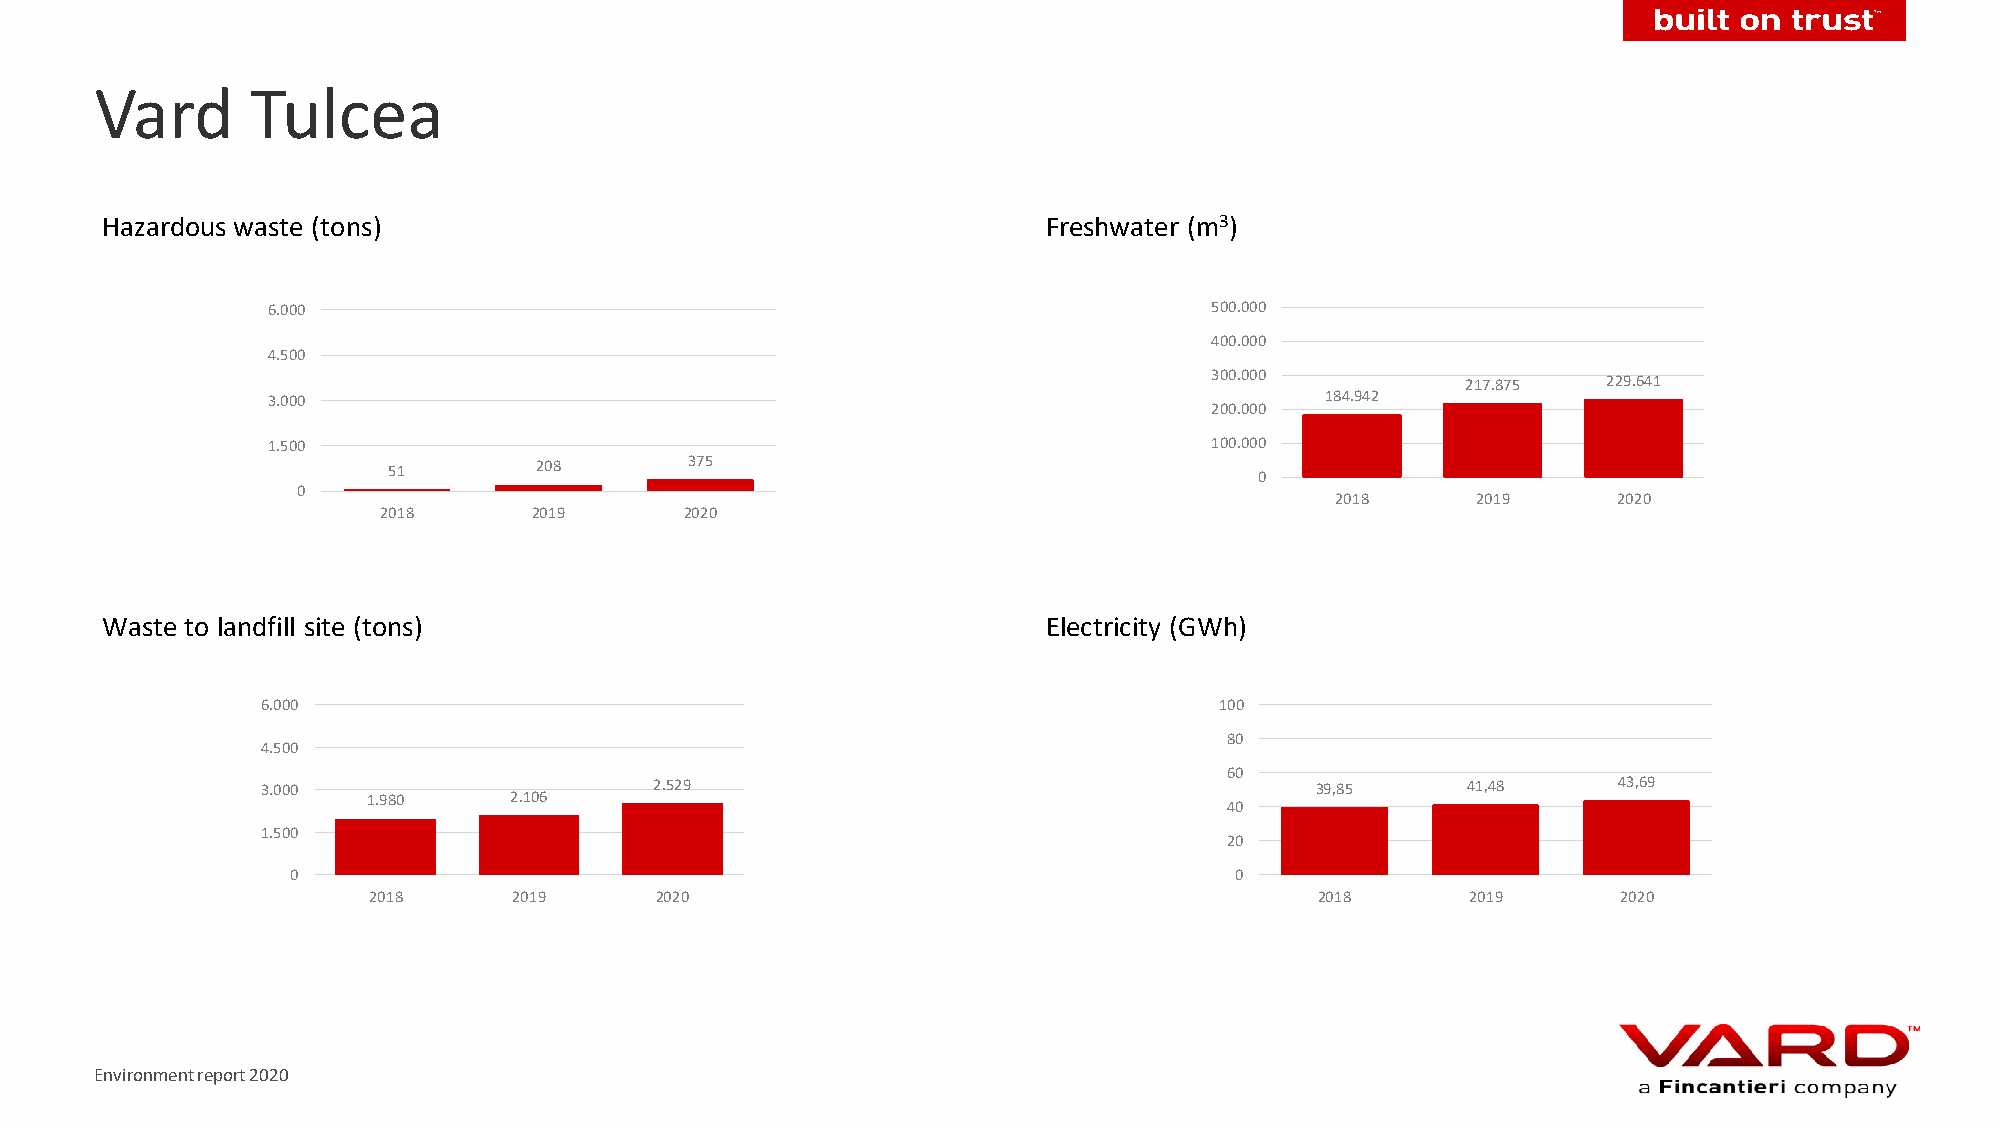
Vard       Tulcea
 Hazardous waste (tons)                                        Freshwater (m3)
 6.000                                                         500.000
 400.000
 4.500
 300.000          217.875  229.641
 3.000                                                                 184.942
 200.000
 1.500                                                         100.000
 51       208        375
 0
 0
 2018      2019     2020
 2018      2019      2020
 Waste to landfill site (tons)                                 Electricity (GWh)
 6.000                                                           100
 80
 4.500
 60
 3.000                     2.529                                       39,85     41,48     43,69
 1.980     2.106
 40
 1.500
 20
 0                                                              0
 2018      2019     2020                                        2018      2019      2020
 Environment report 2020